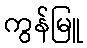
ကွန်မြူ